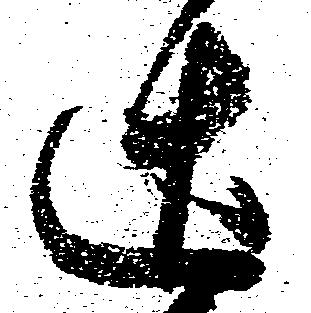
辻